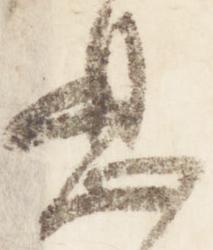
息